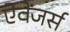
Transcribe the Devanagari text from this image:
ऐवेंजर्स